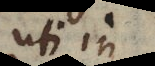
uti in